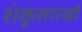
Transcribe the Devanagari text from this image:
शंकूसारखी